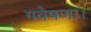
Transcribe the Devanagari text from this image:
गवेषणा।